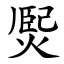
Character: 㷩